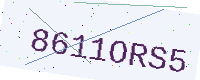
Text: 8611ORS5